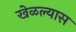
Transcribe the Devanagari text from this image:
खेळल्यास